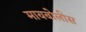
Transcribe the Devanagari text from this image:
मायबोलीस